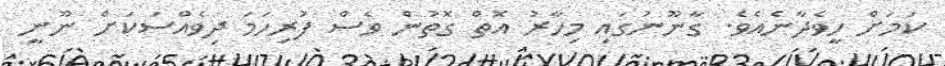
ކަމަށް ހީވެދާނެއެވެ. ގާނޫނުގައި މިހާރު އޮތް ގޮތުން ވެސް ފުރިހަމަ ދިވެއްސަކަށް ނޫނީ